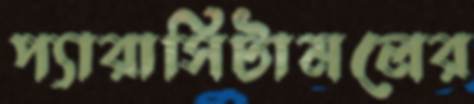
প্যারাসিটামলের